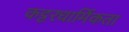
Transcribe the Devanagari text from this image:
कट्टरधार्मिकता